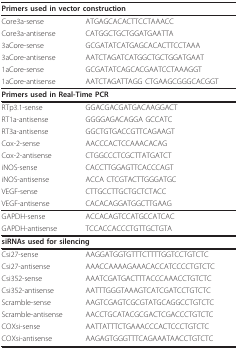
<table><thead><tr><td colspan="2"><b>Primers used in vector construction</b></td></tr></thead><tbody><tr><td>Core3a-sense</td><td>ATGAGCACACTTCCTAAACC</td></tr><tr><td>Core3a-antisense</td><td>CATGGCTGCTGGATGAATTA</td></tr><tr><td>3aCore-sense</td><td>GCGATATCATGAGCACACTTCCTAAA</td></tr><tr><td>3aCore-antisense</td><td>AATCTAGATCATGGCTGCTGGATGAAT</td></tr><tr><td>1aCore-sense</td><td>GCGATATCAGCACGAATCCTAAAGGT</td></tr><tr><td>1aCore-antisense</td><td>AATCTAGATTAGG CTGAAGCGGGCACGGT</td></tr><tr><td colspan="2"><b>Primers used in Real-Time PCR</b></td></tr><tr><td>RTp3.1-sense</td><td>GGACGACGATGACAAGGACT</td></tr><tr><td>RT1a-antisense</td><td>GGGGAGACAGGA GCCATC</td></tr><tr><td>RT3a-antisense</td><td>GGCTGTGACCGTTCAGAAGT</td></tr><tr><td>Cox-2-sense</td><td>AACCCACTCCAAACACAG</td></tr><tr><td>Cox-2-antisense</td><td>CTGGCCCTCGCTTATGATCT</td></tr><tr><td>iNOS-sense</td><td>CACCTTGGAGTTCACCCAGT</td></tr><tr><td>iNOS-antisense</td><td>ACCA CTCGTACTTGGGATGC</td></tr><tr><td>VEGF-sense</td><td>CTTGCCTTGCTGCTCTACC</td></tr><tr><td>VEGF-antisense</td><td>CACACAGGATGGCTTGAAG</td></tr><tr><td>GAPDH-sense</td><td>ACCACAGTCCATGCCATCAC</td></tr><tr><td>GAPDH-antisense</td><td>TCCACCACCCTGTTGCTGTA</td></tr><tr><td colspan="2"><b>siRNAs used for silencing</b></td></tr><tr><td>Csi27-sense</td><td>AAGGATGGTGTTTCTTTTGGTCCTGTCTC</td></tr><tr><td>Csi27-antisense</td><td>AAACCAAAAGAAACACCATCCCCTGTCTC</td></tr><tr><td>Csi352-sense</td><td>AAATCGATGACTTTACCCAAACCTGTCTC</td></tr><tr><td>Csi352-antisense</td><td>AATTTGGGTAAAGTCATCGATCCTGTCTC</td></tr><tr><td>Scramble-sense</td><td>AAGTCGAGTCGCGTATGCAGGCCTGTCTC</td></tr><tr><td>Scramble-antisense</td><td>AACCTGCATACGCGACTCGACCCTGTCTC</td></tr><tr><td>COXsi-sense</td><td>AATTATTTCTGAAACCCACTCCCTGTCTC</td></tr><tr><td>COXsi-antisense</td><td>AAGAGTGGGTTTCAGAAATAACCTGTCTC</td></tr></tbody></table>